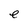
Character: e